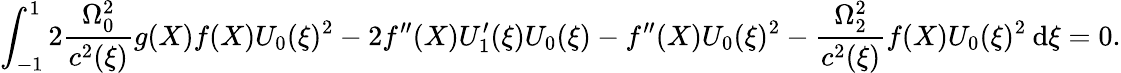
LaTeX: \int_{-1}^{1}2\frac{\Omega_{0}^{2}}{c^{2}(\xi)}g(X)f(X)U_{0}(\xi)^{2}-2f^{\prime\prime}(X)U_{1}^{\prime}(\xi)U_{0}(\xi)-f^{\prime\prime}(X)U_{0}(\xi)^{2}-\frac{\Omega_{2}^{2}}{c^{2}(\xi)}f(X)U_{0}(\xi)^{2}\: \mathrm{d}\xi=0.